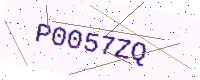
Text: P0057ZQ